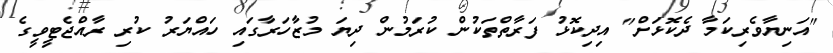
"އަނިޔާވެރިކަމާ ދެކޮޅަށް" އިދިކޮޅު ފަރާތްތަކުން ކުރަމުން ދިޔަ މުޒާހަރާގައި ހައްޔަރު ކުރި ރާއްޖެޓީވީގެ